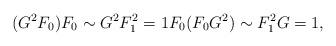
LaTeX: \begin{align*}(G^2 F_0) F_0 \sim G^2 F_1^2 =1 F_0 (F_0 G^2) \sim F_1^2 G =1,\end{align*}